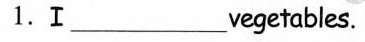
1.Ⅰ__vegetables.